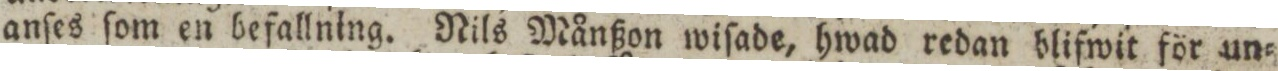
anſes ſom en befallning. Nils Månßon wiſade, hwad redan blifwit för un=